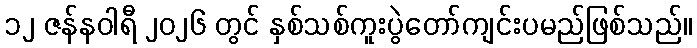
၁၂ ဇန်နဝါရီ ၂၀၂၆ တွင် နှစ်သစ်ကူးပွဲတော်ကျင်းပမည်ဖြစ်သည်။